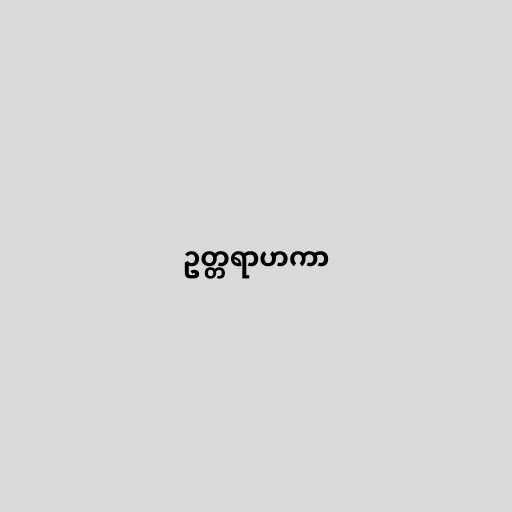
ဥတ္တရာဟကာ